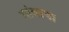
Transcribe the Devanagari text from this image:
गांवाचा